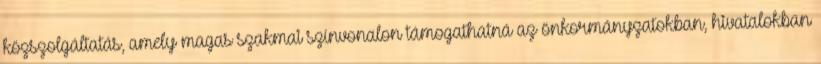
közszolgáltatás, amely magas szakmai színvonalon támogathatná az önkormányzatokban, hivatalokban